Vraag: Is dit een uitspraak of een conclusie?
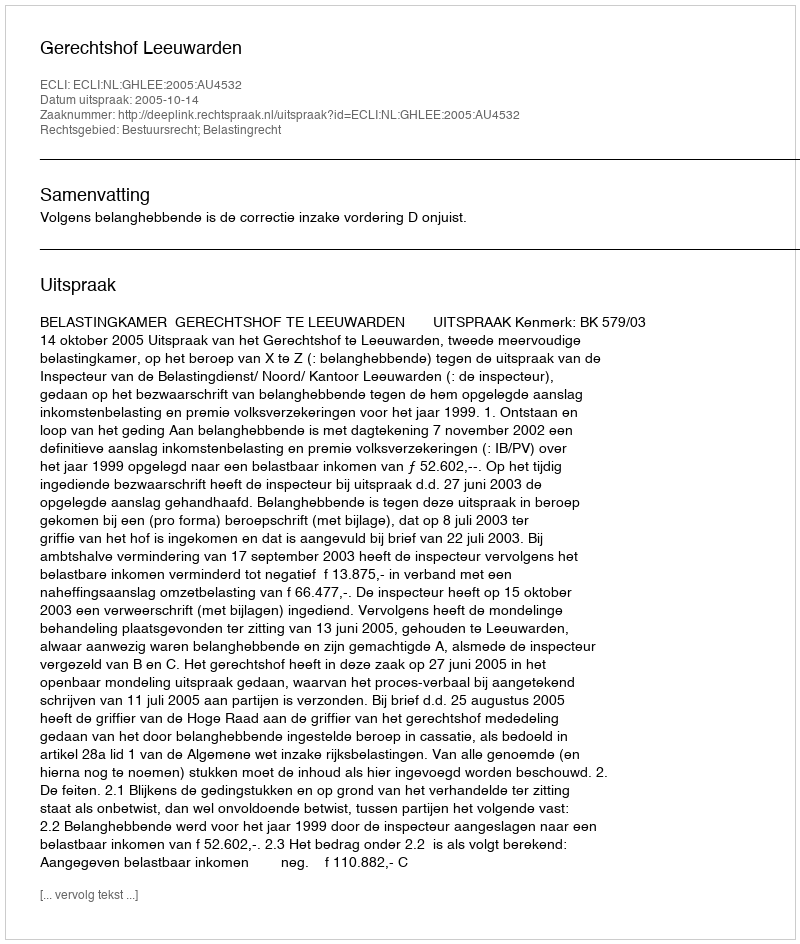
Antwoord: Uitspraak